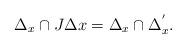
LaTeX: \begin{align*}\Delta_{x}\cap J\Delta{x}=\Delta_{x}\cap\Delta_{x}^{'}.\end{align*}